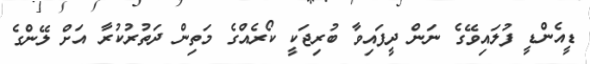
ޑީއެންޑީ ފުލައިވޭގެ ނަން ދީފައިވާ ބުރިޖަކީ ކޯރެއްގެ މަތިން ދަތުރުކުރާ އަށް ލޭންގެ